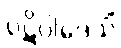
ပဋိပါဒေသိံ